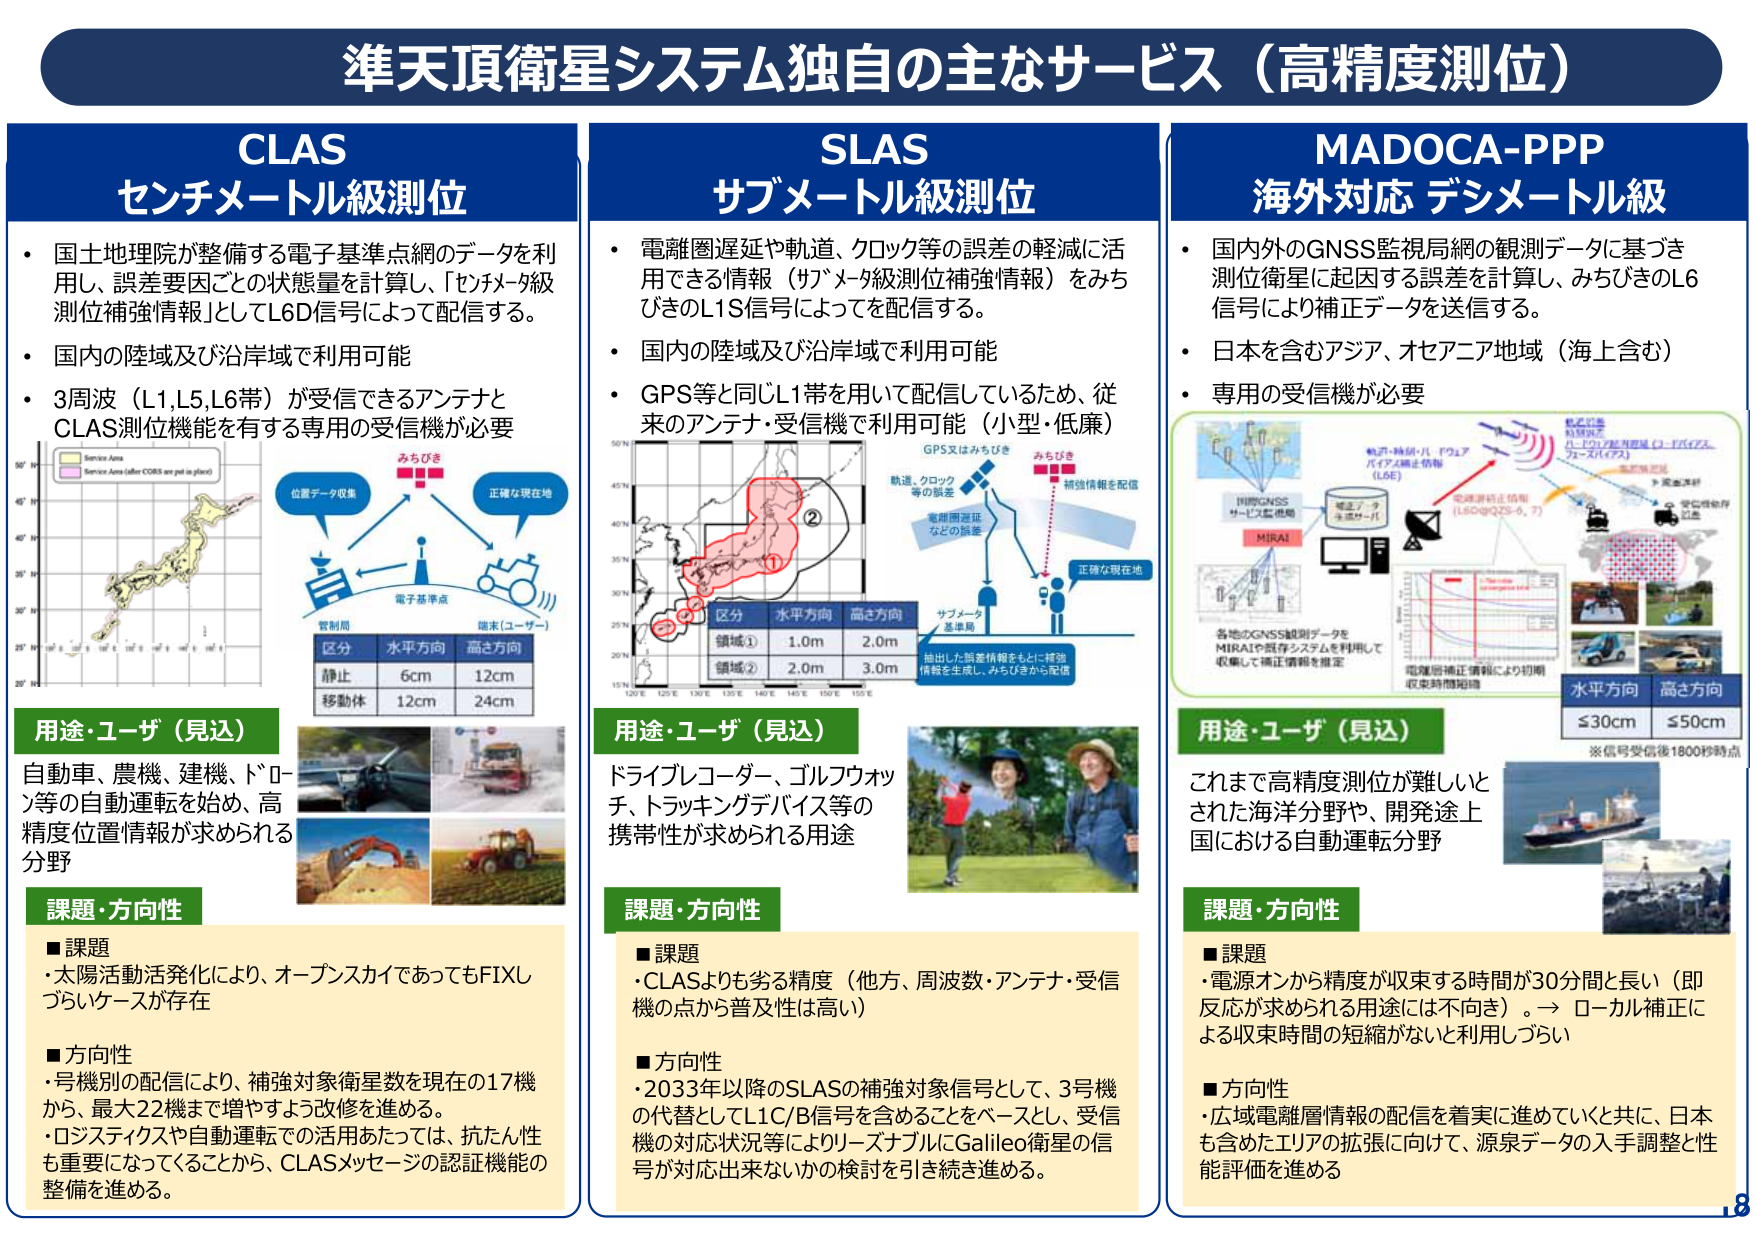
準天頂衛星システム独自の主なサービス（高精度測位）

CLAS
センチメートル級測位
・国土地理院が整備する電子基準点網のデータを利用し、誤差要因ごとの状態量を計算し、「センチメートル級測位補強情報」としてL6D信号によって配信する。
・国内の陸域及び沿岸域で利用可能
・3周波（L1,L5,L6帯）が受信できるアンテナとCLAS測位機能を有する専用の受信機が必要

[図：日本地図、位置データ収集、電子基準点、端末（ユーザー）、みちびき、正確な現在地]
[表：区分 水平方向 高さ方向
静止 6cm 12cm
移動体 12cm 24cm]

用途・ユーザ（見込）
自動車、農機、建機、ドローン等の自動運転を始め、高精度位置情報が求められる分野

課題・方向性
■課題
・太陽活動活発化により、オープンスカイであってもFIXしづらいケースが存在
■方向性
・号機別の配信により、補強対象衛星数を現在の17機から、最大22機まで増やすよう改修を進める。
・ロジスティクスや自動運転での活用あたっては、抗たん性も重要になってくることから、CLASメッセージの認証機能の整備を進める。

SLAS
サブメートル級測位
・電離圏遅延や軌道、クロック等の誤差の軽減に活用できる情報（サブメートル級測位補強情報）をみちびきのL1S信号によって配信する。
・国内の陸域及び沿岸域で利用可能
・GPS等と同じL1帯を用いて配信しているため、従来のアンテナ・受信機で利用可能（小型・低価）

[図：日本地図、GPS又はみちびき、軌道・クロック等の誤差、電離圏遅延などの誤差、サブメートル基準局、みちびき、補強情報を配信、正確な現在地]
[表：区分 水平方向 高さ方向
領域① 1.0m 2.0m
領域② 2.0m 3.0m]

用途・ユーザ（見込）
ドライブレコーダー、ゴルフウォッチ、トラッキングデバイス等の携帯性が求められる用途

課題・方向性
■課題
・CLASよりも劣る精度（他方、周波数・アンテナ・受信機の点から普及性は高い）
■方向性
・2033年以降のSLASの補強対象信号として、3号機の代替としてL1C/B信号を含めることをベースとし、受信機の対応状況等によりリーズナブルにGalileo衛星の信号が対応出来ないかの検討を引き続き進める。

MADOCA-PPP
海外対応 デシメートル級
・国内外のGNSS監視局網の観測データに基づき測位衛星に起因する誤差を計算し、みちびきのL6信号により補正データを送信する。
・日本を含むアジア、オセアニア地域（海上含む）
・専用の受信機が必要

[図：GNSS監視局、MIRAI、各地のGNSS観測データをMIRAIや既存システムを利用して収集して補正情報を推定、電離圏補正情報により初期収束時間短縮、軌道・時刻・バイアス補正情報（L6E）、電離圏補正情報（L6D@QZS-6,7）、受信機や車両、船舶、航空機、陸上、海上、空域の利用例]
[表：水平方向 高さ方向
≤30cm ≤50cm
※信号受信後1800秒時点]

用途・ユーザ（見込）
これまで高精度測位が難しいとされた海洋分野や、開発途上国における自動運転分野

課題・方向性
■課題
・電源オンから精度が収束する時間が30分間と長い（即反応が求められる用途には不向き）。→ ローカル補正による収束時間の短縮がないと利用しづらい
■方向性
・広域電離層情報の配信を着実に進めていくと共に、日本も含めたエリアの拡張に向けて、源泉データの入手調整と性能評価を進める

.8